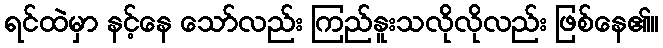
ရင်ထဲမှာ နင့်နေ သော်လည်း ကြည်နူးသလိုလိုလည်း ဖြစ်နေ၏။